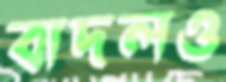
বাদলও